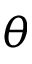
\boldsymbol { \theta }